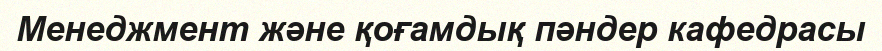
Менеджмент және қоғамдық пәндер кафедрасы